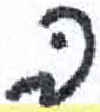
אות: ב